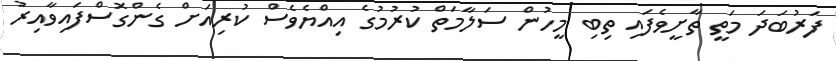
ފަރުބަދަ މަތީ ތާށީވެފައި ތިބި މީހުން ސަލާމަތް ކުރުމުގެ އިއްޔެވެސް ކުރިއަށް ގެންގޮސްފައިވާއިރު